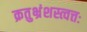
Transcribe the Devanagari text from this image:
क्रतुभ्रंशस्त्वत्तः